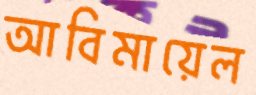
আবিমায়েল